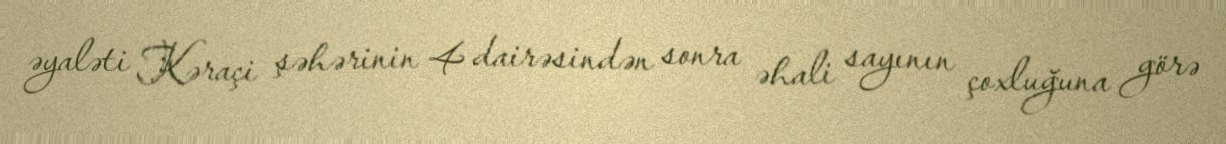
əyaləti Kəraçi şəhərinin 4 dairəsindən sonra əhali sayının çoxluğuna görə